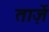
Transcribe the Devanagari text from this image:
ताज़ें